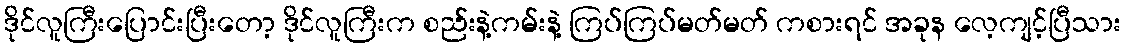
ဒိုင်လူကြီးပြောင်းပြီးတော့ ဒိုင်လူကြီးက စည်းနဲ့ကမ်းနဲ့ ကြပ်ကြပ်မတ်မတ် ကစားရင် အခုန လေ့ကျင့်ပြီသား